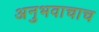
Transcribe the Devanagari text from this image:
अनुभवाचाच